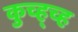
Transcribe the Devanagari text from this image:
कुच्ह्च्ह